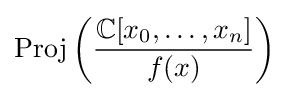
{\text{Proj}}\left({\frac {\mathbb {C} [x_{0},\ldots ,x_{n}]}{f(x)}}\right)